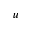
u